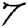
Digit: 7